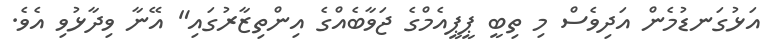
އަޅުގަނޑުމެން އަދިވެސް މި ތިބީ ޕީޕީއެމްގެ ޖަވާބެއްގެ އިންތިޒާރުގައި" އޭނާ ވިދާޅުވި އެވެ.